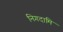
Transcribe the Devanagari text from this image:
निगदामि